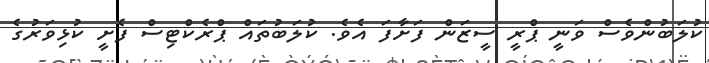
ކުލަބުންވެސް ވަނީ ޕްރީ ސީޒަން ފަށާފަ އެވެ. ކުލަބުތައް ޕްރެކްޓިސް ފެށީ ކުޅިވަރުގެ